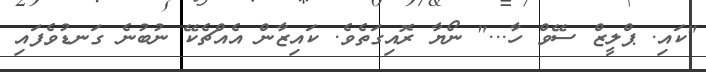
"ކައި. ޕްލީޒް ސޭވް ހާ..." ނޯޔާ ރޮއިގަތެވެ. ކައިޒާން އެއްޗެކޭ ނުބުނެ ގަނޑުވެފައި